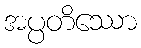
အပ္ပတိဿော